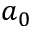
a _ { 0 }